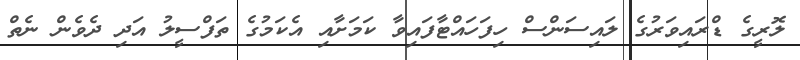
ލޮރީގެ ޑްރައިވަރުގެ ލައިސަންސް ހިފަހައްޓާފައިވާ ކަމަށާއި އެކަމުގެ ތަފްސީލު އަދި ދެވެން ނެތް